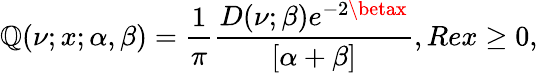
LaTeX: \mathbb{Q}(\nu;x;\alpha,\beta)=\frac{{1}}{{\pi}}\frac{{D(\nu;\beta)e^{-2\betax}}}{{[\alpha+\beta]}},Rex\geq0,